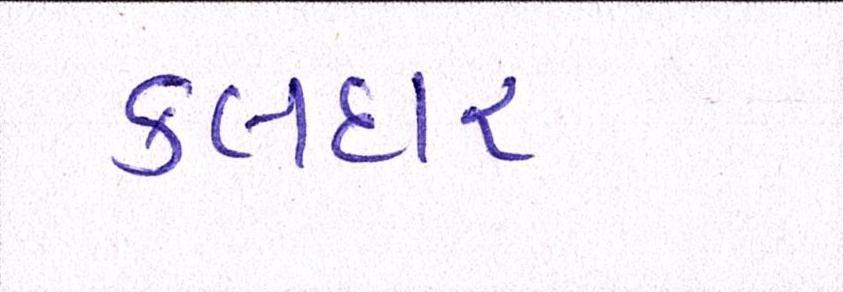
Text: કલદાર